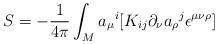
\begin{align*}S=-{1\over4\pi}\int_{M}{a_{\mu}}^{i}[K_{ij}\partial_{\nu}{a_{\rho}}^{j}\epsilon^{\mu\nu\rho}]\end{align*}